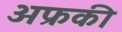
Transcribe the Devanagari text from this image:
अफ्रकी